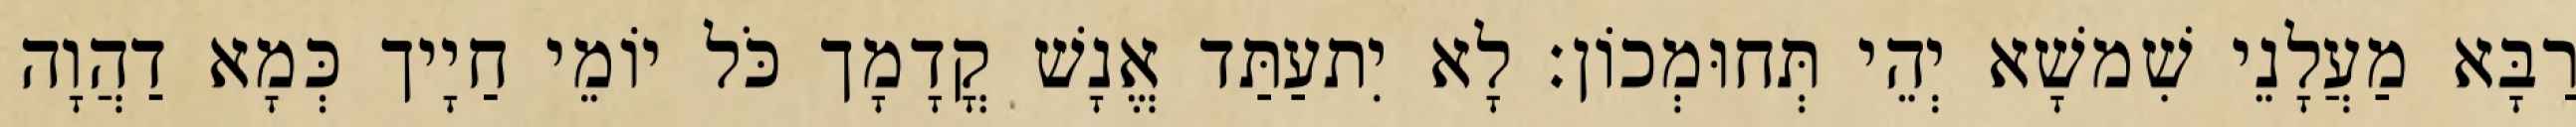
רַבָּא מַעֲלָנֵי שִׁמשָׁא יְהֵי תְּחוּמְכוֹן׃ לָא יִתעַתַּד אֱנָשׁ קֳדָמָך כֹּל יוֹמֵי חַיָיך כְּמָא דַהֲוָה